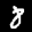
Label: 8